Note on the mental hospitals in Burma - 1925-1940
Year: 1925
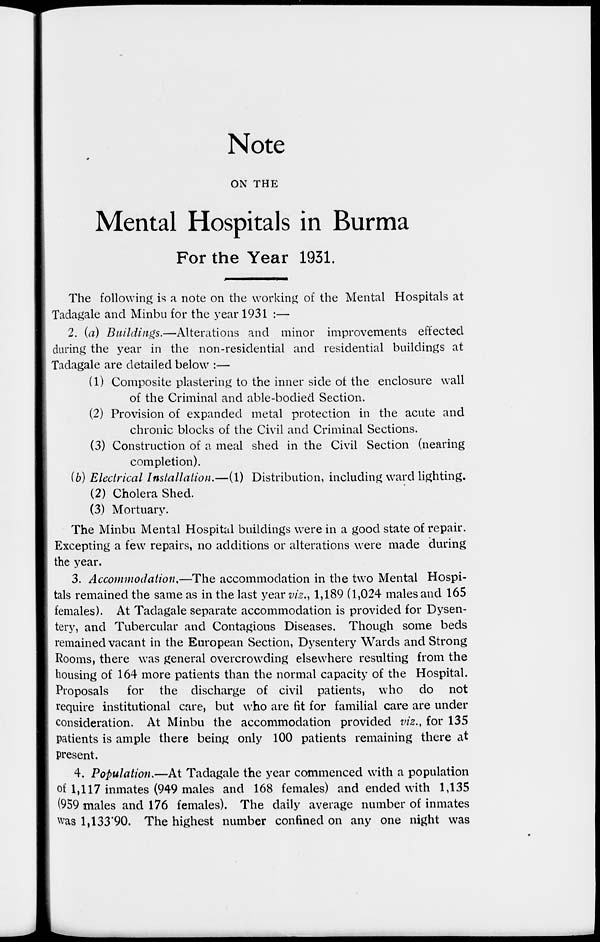
Note
ON THE
Mental Hospitals in Burma
For the Year 1931.
The following is a note on the working of the Mental Hospitals at
Tadagale and Minbu for the year 1931 :—
2. (a) Buildings.—Alterations and minor improvements effected
during the year in the non-residential and residential buildings at
Tadagale are detailed below :—
(1) Composite plastering to the inner side of the enclosure wall
of the Criminal and able-bodied Section.
(2) Provision of expanded metal protection in the acute and
chronic blocks of the Civil and Criminal Sections.
(3) Construction of a meal shed in the Civil Section (nearing
completion).
(b) Electrical Installation.—(1) Distribution, including ward lighting.
(2) Cholera Shed.
(3) Mortuary.
The Minbu Mental Hospital buildings were in a good state of repair.
Excepting a few repairs, no additions or alterations were made during
the year.
3. Accommodation,—The accommodation in the two Mental Hospi-
tals remained the same as in the last year viz., 1,189 (1,024 males and 165
females). At Tadagale separate accommodation is provided for Dysen-
tery, and Tubercular and Contagious Diseases. Though some beds
remained vacant in the European Section, Dysentery Wards and Strong
Rooms, there was general overcrowding elsewhere resulting from the
housing of 164 more patients than the normal capacity of the Hospital.
Proposals for the discharge of civil patients, who do not
require institutional care, but who are fit for familial care are under
consideration. At Minbu the accommodation provided viz., for 135
patients is ample there being only 100 patients remaining there at
present.
4. Population.—At Tadagale the year commenced with a population
of 1,117 inmates (949 males and 168 females) and ended with 1,135
(959 males and 176 females). The daily average number of inmates
was 1,133.90. The highest number confined on any one night was